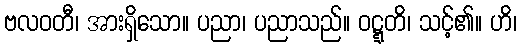
ဗလဝတီ၊ အားရှိသော။ ပညာ၊ ပညာသည်။ ဝဋ္ဋတိ၊ သင့်၏။ ဟိ၊